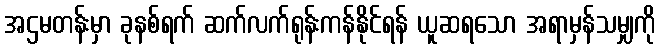
အဌမတန်းမှာ ခုနစ်ရက် ဆက်လက်ရုန်းကန်နိုင်ရန် ယူဆရသော အရာမှန်သမျှကို